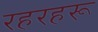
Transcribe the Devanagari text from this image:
रहरहरू